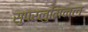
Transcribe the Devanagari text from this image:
सुपरलुमिनल